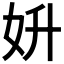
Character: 𡛈